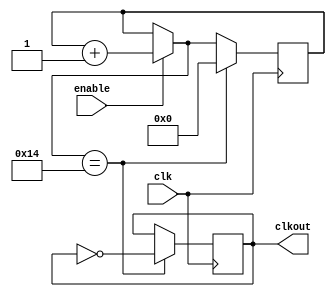
module divi (
                input       clk,
                input       enable,
                output reg  clkout
            );

    reg [25:0] cnt;

    always @(posedge clk)
        begin
            if (enable == 1)
            begin
                cnt=cnt+1;
            end

            //if (cnt==26'b00000110101111000010000000)
            if (cnt==26'b00000000000000000000010100) // faster clock ftw
            begin
                clkout=~clkout;
                cnt=26'b0;
            end
        end
endmodule